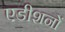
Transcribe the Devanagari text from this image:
एडीशनों